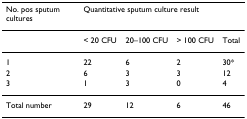
<table><thead><tr><td><b>No. pos sputum cultures</b></td><td colspan="3"><b>Quantitative sputum culture result</b></td><td></td></tr></thead><tbody><tr><td></td><td>&lt; 20 CFU</td><td>20–100 CFU</td><td>&gt; 100 CFU</td><td>Total</td></tr><tr><td>1</td><td>22</td><td>6</td><td>2</td><td>30*</td></tr><tr><td>2</td><td>6</td><td>3</td><td>3</td><td>12</td></tr><tr><td>3</td><td>1</td><td>3</td><td>0</td><td>4</td></tr><tr><td>Total number</td><td>29</td><td>12</td><td>6</td><td>46</td></tr></tbody></table>